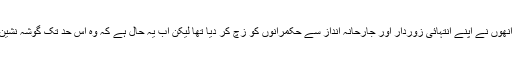
ایون فیلڈ ریفرنس میں سزا ہونے سے پہلے انھوں نے اپنے انتہائی زوردار اور جارحانہ انداز سے حکمرانوں کو زچ کر دیا تھا لیکن اب یہ حال ہے کہ وہ اس حد تک گوشہ نشین ہیں کہ پارٹی رہنماؤں سے بھی نہیں ملتیں۔